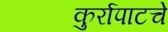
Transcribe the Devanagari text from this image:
कुर्रापाटचे